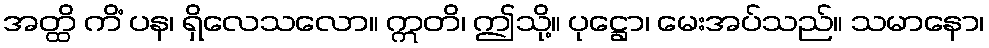
အတ္ထိ ကိံ ပန၊ ရှိလေသလော။ ဣတိ၊ ဤသို့။ ပုဋ္ဌော၊ မေးအပ်သည်။ သမာနော၊